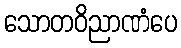
သောတဝိညာဏံပေ